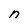
Character: n